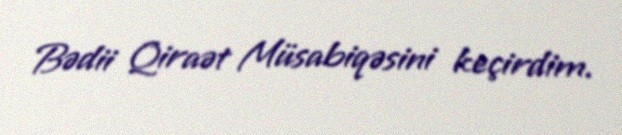
Bədii Qiraət Müsabiqəsini keçirdim.